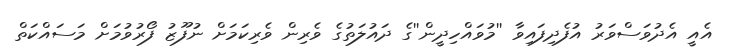
އެއީ އެދުވަސްވަރު އުފެދިފައިވާ ''މުވައްހިދީން''ގެ ދައުލަތުގެ ވެރިން ވެރިކަމަށް ނުފޫޒު ފޯރުވުމަށް މަސައްކަތް